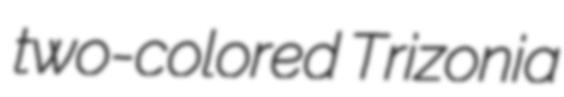
two-colored Trizonia